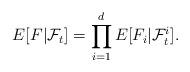
LaTeX: \begin{align*}E[F|\mathcal{F}_{t}]=\prod_{i=1}^{d}E[F_{i}|\mathcal{F}_{t}^{i}].\end{align*}